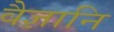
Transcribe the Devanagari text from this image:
वैज्ञानि